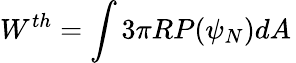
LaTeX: W^{th}=\int 3\pi RP(\psi_{N})dA\,